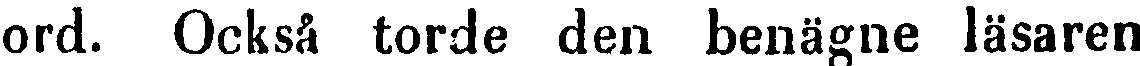
ord. Också torde den benägne läsaren